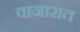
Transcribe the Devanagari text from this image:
वाजारात